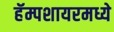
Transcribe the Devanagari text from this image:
हॅम्पशायरमध्ये